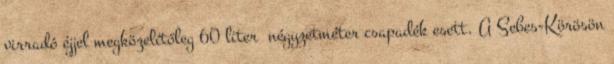
virradó éjjel megközelítőleg 60 liter négyzetméter csapadék esett. A Sebes-Körösön